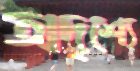
অদৃশ্যে